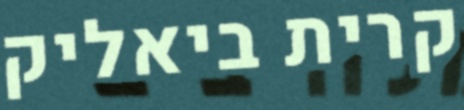
קרית ביאליק